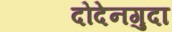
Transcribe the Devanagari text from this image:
दोदेनगुदा